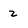
Character: z